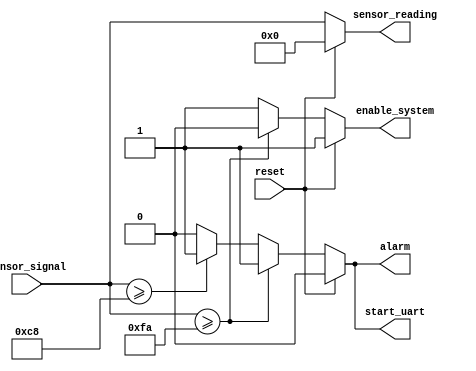
`timescale 1ns / 1ps
`define minimum_temp 0
`define maximum_temp 250
`define alarm_temp   200

module temperature_sensor(
    input [7:0]sensor_signal,
    input reset,
    output reg alarm,
    output reg start_uart,
    output reg enable_system,
    output reg [7:0]sensor_reading
    );
    
    always @(sensor_signal , reset) begin /*begin always*/
    if (reset) begin
        alarm = 0;
        enable_system = 1;
        start_uart = 0;
        sensor_reading = 0;
    end
    else begin /*begin else*/
    
        sensor_reading = sensor_signal;
    
        if (sensor_reading >= `maximum_temp) begin
            alarm = 1;
            start_uart = 1;
            enable_system = 0;
        end
        
        else if (sensor_reading >= `alarm_temp) begin
            alarm = 1;
            start_uart = 1;
            enable_system = 1;
        end
        else begin
            alarm = 0;
            start_uart = 0;
            enable_system = 1;
        end
    end /*end else*/
    end /*end always*/
    
endmodule